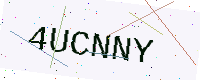
Text: 4UCNNY